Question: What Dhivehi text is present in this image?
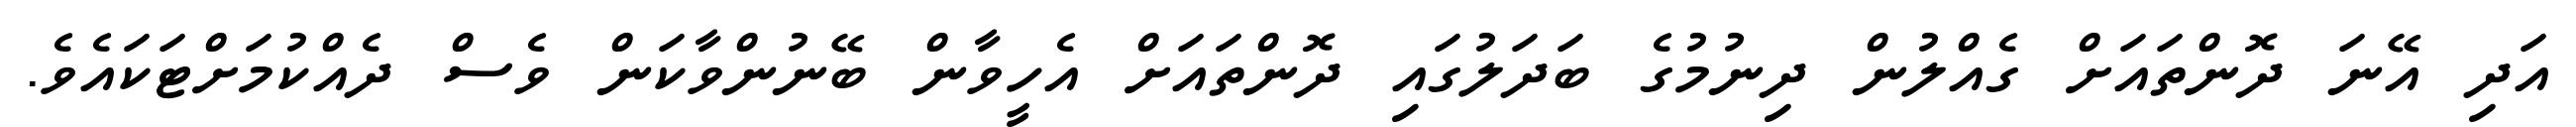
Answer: އަދި އޭނަ ދޮންތައަށް ގެއްލުން ދިނުމުގެ ބަދަލުގައި ދޮންތައަށް އެހީވާން ބޭނުންވާކަން ވެސް ދެއްކުމަށްޓަކައެވެ.